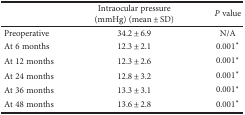
<table><thead><tr><td></td><td><b>Intraocular pressure (mmHg) (mean ± SD)</b></td><td><b><i>P</i> value</b></td></tr></thead><tbody><tr><td>Preoperative</td><td>34.2 ± 6.9</td><td>N/A</td></tr><tr><td>At 6 months</td><td>12.3 ± 2.1</td><td>0.001<sup>∗</sup></td></tr><tr><td>At 12 months</td><td>12.3 ± 2.6</td><td>0.001<sup>∗</sup></td></tr><tr><td>At 24 months</td><td>12.8 ± 3.2</td><td>0.001<sup>∗</sup></td></tr><tr><td>At 36 months</td><td>13.3 ± 3.1</td><td>0.001<sup>∗</sup></td></tr><tr><td>At 48 months</td><td>13.6 ± 2.8</td><td>0.001<sup>∗</sup></td></tr></tbody></table>